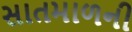
સાતમાળની